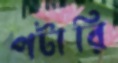
পটারি